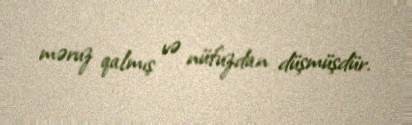
məruz qalmış və nüfuzdan düşmüşdür.